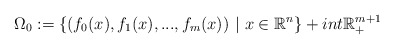
\begin{align*} \Omega_0:=\{(f_0(x),f_1(x),...,f_m(x))\ |\ x\in\mathbb{R}^n\}+int\mathbb{R}^{m+1}_+\end{align*}